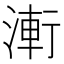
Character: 𭱤